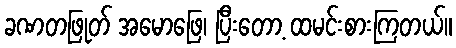
ခဏတဖြုတ် အမောဖြေ၊ ပြီးတော့ ထမင်းစားကြတယ်။